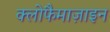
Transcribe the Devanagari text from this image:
क्लोफैमाज़ाइन